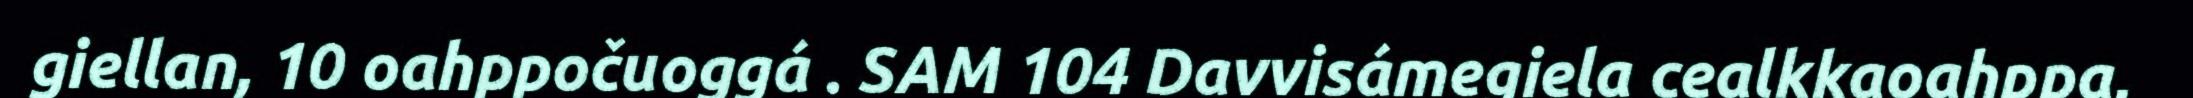
giellan, 10 oahppočuoggá . SAM 104 Davvisámegiela cealkkaoahppa,